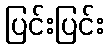
ပြင်းပြင်း